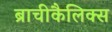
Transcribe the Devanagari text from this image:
ब्राचीकैलिक्स